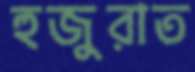
হুজুরাত